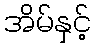
အိမ်နှင့်